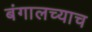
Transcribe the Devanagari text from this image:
बंगालच्याच